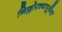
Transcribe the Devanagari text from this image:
निल्लोरच्यापूर्वेला